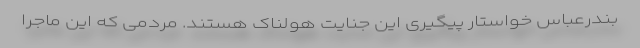
بندرعباس خواستار پیگیری این جنایت هولناک هستند. مردمی که این ماجرا